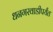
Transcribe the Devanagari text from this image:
धनगरवाडीपर्यंत